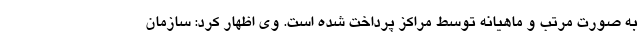
به صورت مرتب و ماهیانه توسط مراکز پرداخت شده است. وی اظهار کرد: سازمان